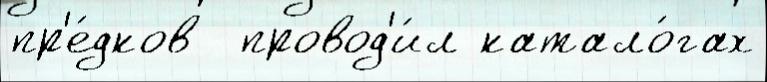
пр'е́дков  провод'и́л катало́гах